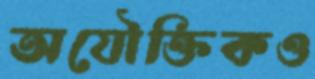
অযৌক্তিকও